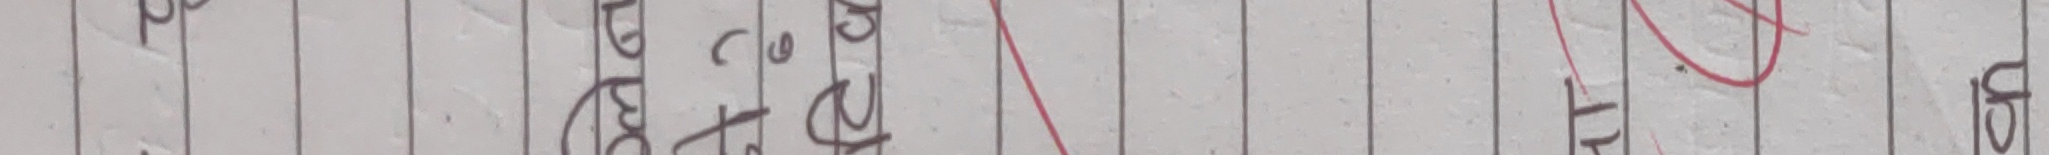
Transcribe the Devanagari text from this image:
उम्र